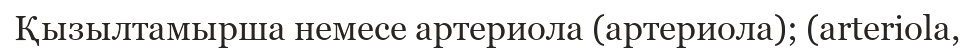
Қызылтамырша немесе артериола (артериола); (arteriola,